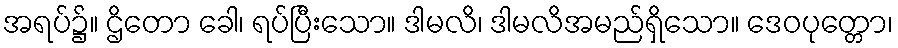
အရပ်၌။ ဌိတော ခေါ၊ ရပ်ပြီးသော။ ဒါမလိ၊ ဒါမလိအမည်ရှိသော။ ဒေဝပုတ္တော၊